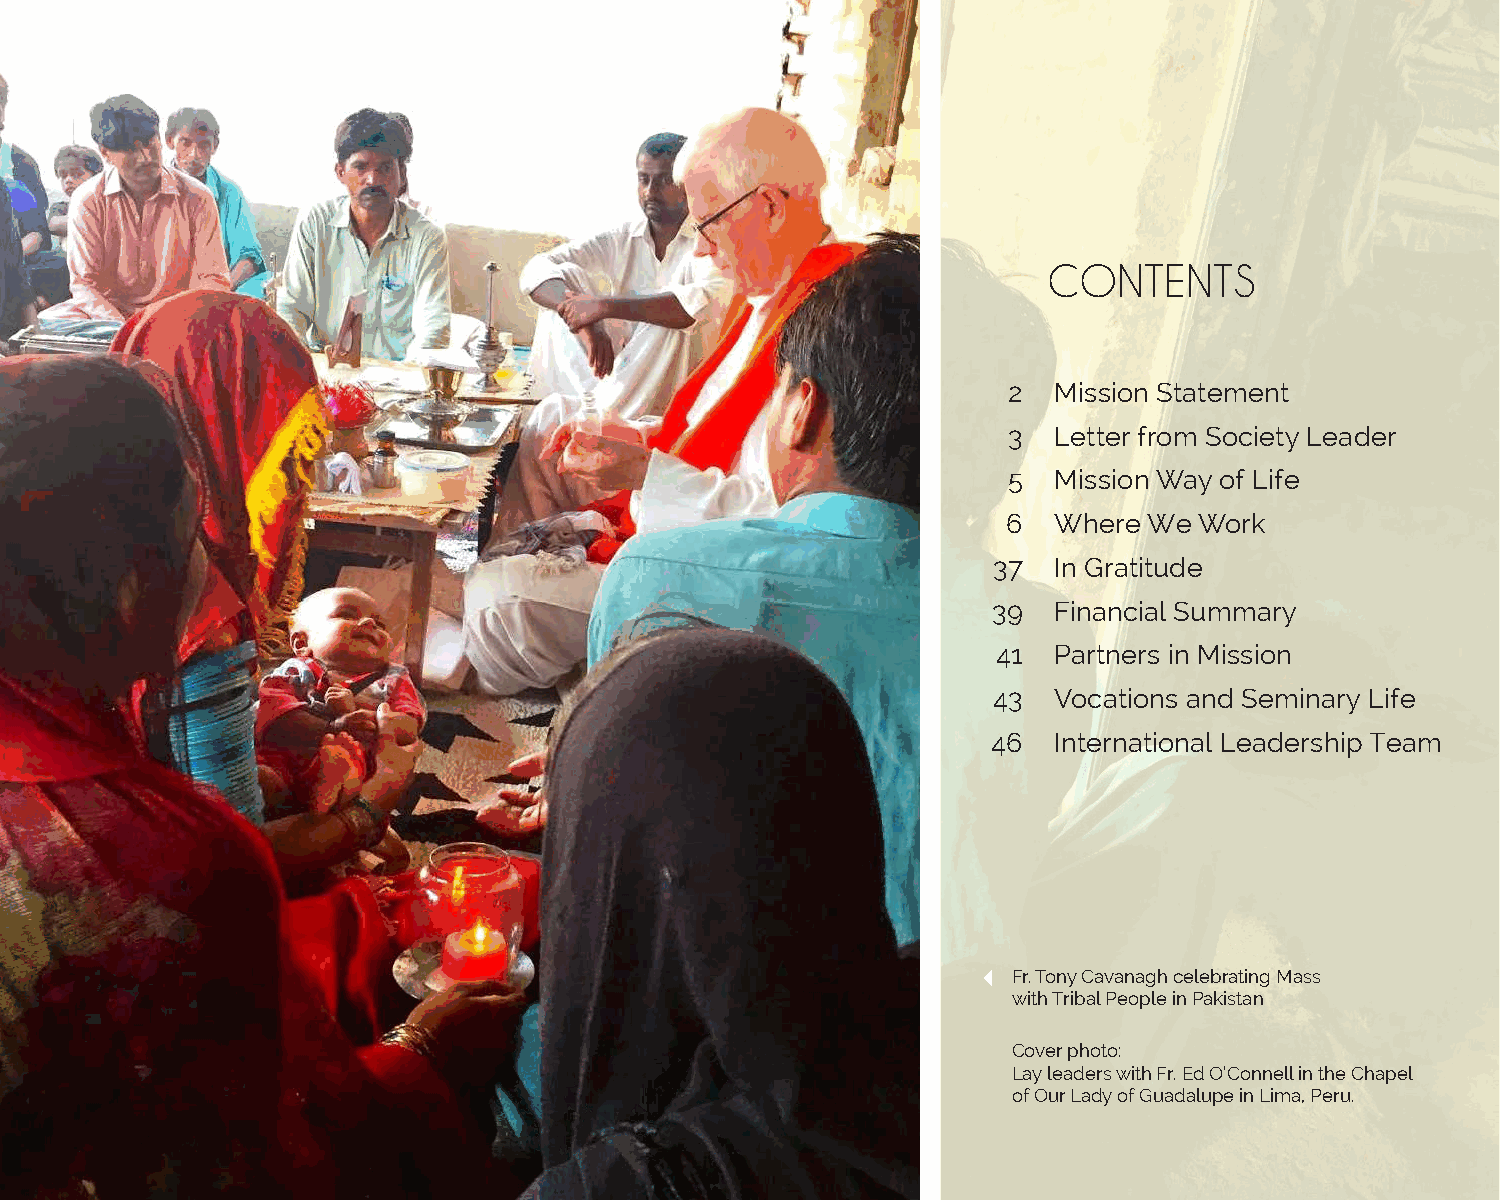
CONTENTS
 2  Mission Statement
 3  Letter from Society Leader
 5  Mission Way of Life
 6  Where We Work
 37  In Gratitude
 39  Financial Summary
 41  Partners in Mission
 43  Vocations and Seminary Life
 46  International Leadership Team
 Fr. Tony Cavanagh celebrating Mass
 with Tribal People in Pakistan
 Cover photo:
 Lay leaders with Fr. Ed O’Connell in the Chapel
 of Our Lady of Guadalupe in Lima, Peru.